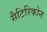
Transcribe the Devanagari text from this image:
सैटिरिकोन